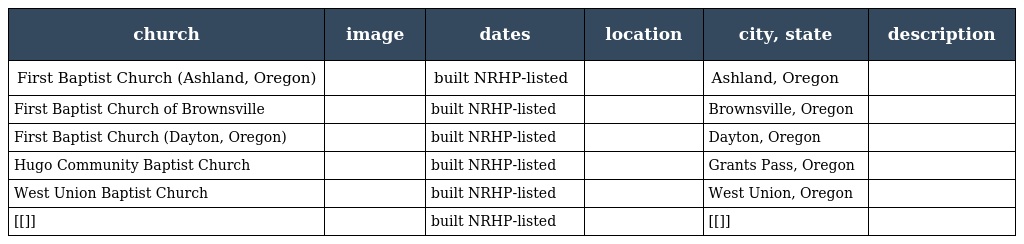
| church | image | dates | location | city, state | description |
 | --- | --- | --- | --- | --- | --- |
 | First Baptist Church (Ashland, Oregon) |  | built NRHP-listed |  | Ashland, Oregon |  |
 | First Baptist Church of Brownsville |  | built NRHP-listed |  | Brownsville, Oregon |  |
 | First Baptist Church (Dayton, Oregon) |  | built NRHP-listed |  | Dayton, Oregon |  |
 | Hugo Community Baptist Church |  | built NRHP-listed |  | Grants Pass, Oregon |  |
 | West Union Baptist Church |  | built NRHP-listed |  | West Union, Oregon |  |
 | [[]] |  | built NRHP-listed |  | [[]] |  |